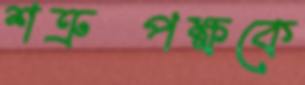
শত্রুপক্ষকে